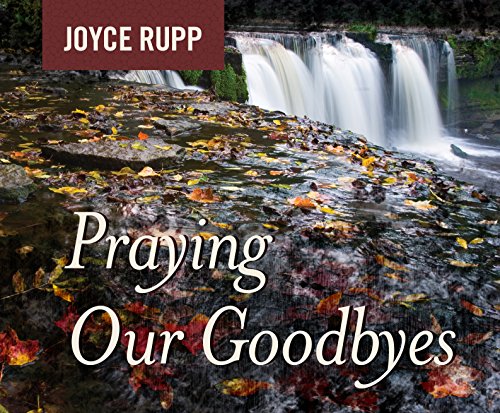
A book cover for Praying Our Goodbyes; Joyce Rupp; Christian Books & Bibles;